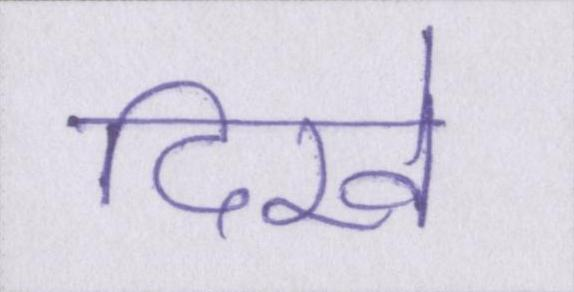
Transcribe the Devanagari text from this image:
दिखे